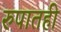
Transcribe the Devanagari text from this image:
रुपातही